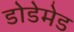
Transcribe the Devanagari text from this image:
डोडेमेड